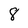
Character: 8